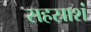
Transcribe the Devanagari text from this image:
सहस्राशं